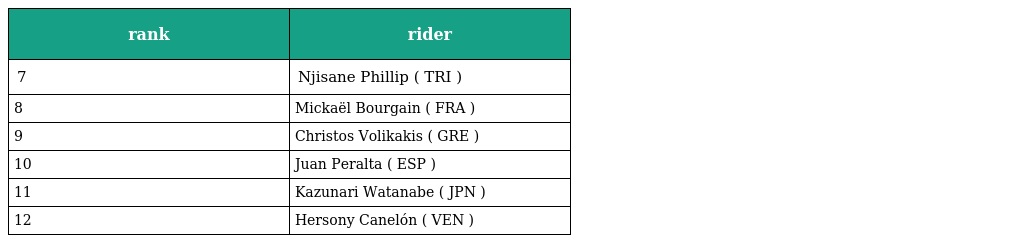
| rank | rider |
 | --- | --- |
 | 7 | Njisane Phillip ( TRI ) |
 | 8 | Mickaël Bourgain ( FRA ) |
 | 9 | Christos Volikakis ( GRE ) |
 | 10 | Juan Peralta ( ESP ) |
 | 11 | Kazunari Watanabe ( JPN ) |
 | 12 | Hersony Canelón ( VEN ) |